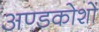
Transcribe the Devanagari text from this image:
अण्डकोशों